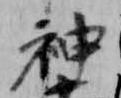
神